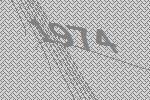
1974